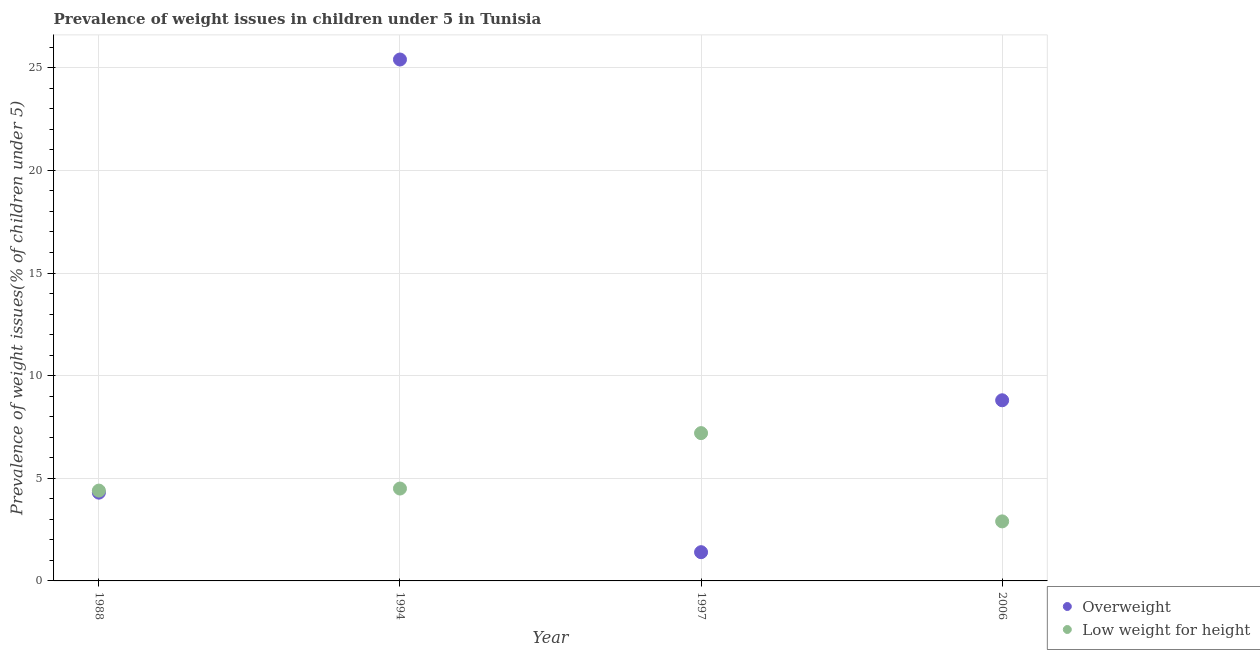
| Year | Overweight | Low weight for height |
 | --- | --- | --- |
 | 1988 | 4.3 | 4.4 |
 | 1994 | 25.4 | 4.5 |
 | 1997 | 1.4 | 7.2 |
 | 2006 | 8.8 | 2.9 |